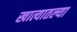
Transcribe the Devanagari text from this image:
खात्यातल्या